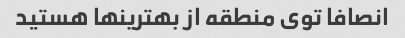
انصافا توی منطقه از بهترینها هستید